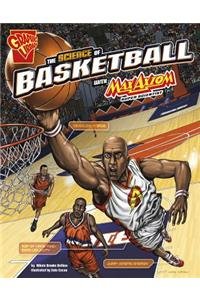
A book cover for The Science of Basketball with Max Axiom, Super Scientist (The Science of Sports with Max Axiom); Nikole Brooks Bethea; Children's Books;